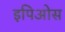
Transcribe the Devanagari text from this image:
इपिओस